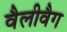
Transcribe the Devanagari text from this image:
वैलीवैग